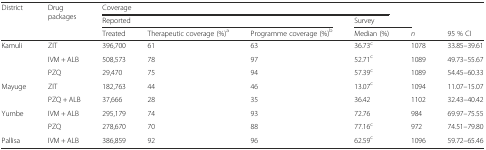
| <ROWSPAN=3> District | <ROWSPAN=3> Drug packages | <COLSPAN=4> Coverage |  |  |
 | <COLSPAN=3> Reported | Survey |  |  |
 | Treated | Therapeutic coverage (%)a | Programme coverage (%)b | Median (%) | n | 95 % CI |
 | --- | --- | --- | --- | --- | --- | --- | --- |
 | Kamuli | ZIT | 396,700 | 61 | 63 | 36.73c | 1078 | 33.85–39.61 |
 |  | IVM + ALB | 508,573 | 78 | 97 | 52.71c | 1089 | 49.73–55.67 |
 |  | PZQ | 29,470 | 75 | 94 | 57.39c | 1089 | 54.45–60.33 |
 | Mayuge | ZIT | 182,763 | 44 | 46 | 13.07c | 1094 | 11.07–15.07 |
 |  | PZQ + ALB | 37,666 | 28 | 35 | 36.42 | 1102 | 32.43–40.42 |
 | Yumbe | IVM + ALB | 295,179 | 74 | 93 | 72.76 | 984 | 69.97–75.55 |
 |  | PZQ | 278,670 | 70 | 88 | 77.16c | 972 | 74.51–79.80 |
 | Pallisa | IVM + ALB | 386,859 | 92 | 96 | 62.59c | 1096 | 59.72–65.46 |